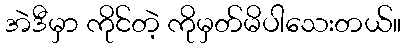
အဲဒီမှာ ကိုင်တဲ့ ကိုမှတ်မိပါသေးတယ်။